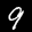
Label: 9